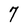
Character: 7